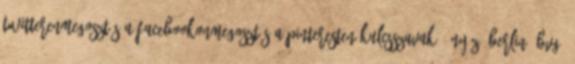
TwitterenMegosztás a FacebookonMegosztás a Pinteresten kulcsszavak: #nyúz, Berlin, BVG,